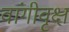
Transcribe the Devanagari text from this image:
वांगीवृक्ष